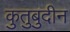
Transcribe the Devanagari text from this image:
कुतुबुदीन